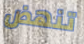
تنهض